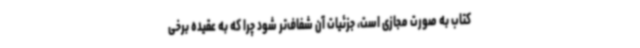
کتاب به صورت مجازی است، جزئیات آن شفاف‌تر شود چرا که به عقیده برخی